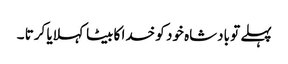
پہلے تو بادشاہ خود کو خدا کا بیٹا کہلایا کرتا ۔